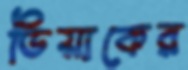
ডিয়াকের